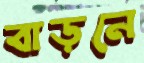
বাড়নে